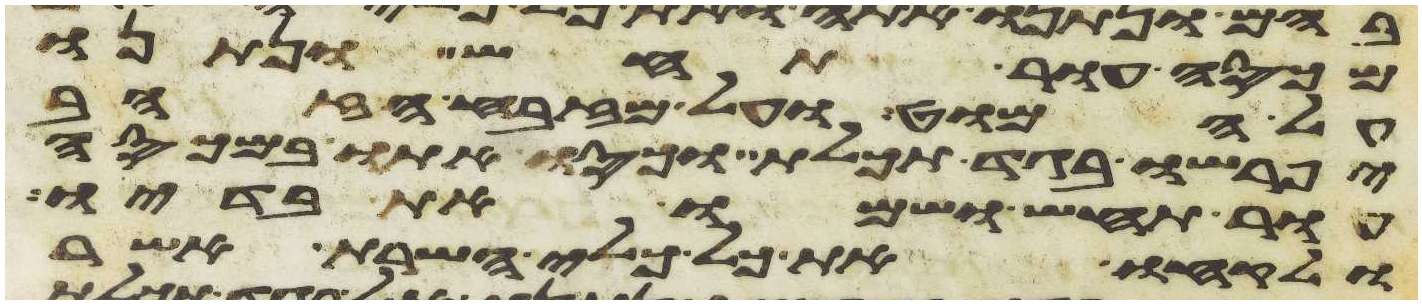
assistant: מכסה עור תחש ונתנו
על המוט ועל מזבח הזהב
יפרשו בגד תכלת וכסו אתו במכסה
עור תחש ושמו את בדיו
ולקחו את כל כלי השרת אשר